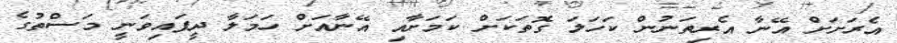
އެރަށަށް އޭނާ އެރިތަނުން ކަހަލަ ގޮތަކަށް ކަމަށާއި އޭނާއަށް ހަމަލާ ދީފައިވަނީ މަސްތުގެ